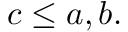
c \leq a , b .